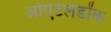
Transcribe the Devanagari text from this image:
ओएटेलडोंक